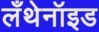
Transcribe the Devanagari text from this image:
लँथेनॉइड